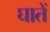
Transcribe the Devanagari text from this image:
घातें